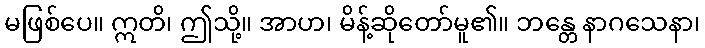
မဖြစ်ပေ။ ဣတိ၊ ဤသို့။ အာဟ၊ မိန့်ဆိုတော်မူ၏။ ဘန္တေ နာဂသေနာ၊